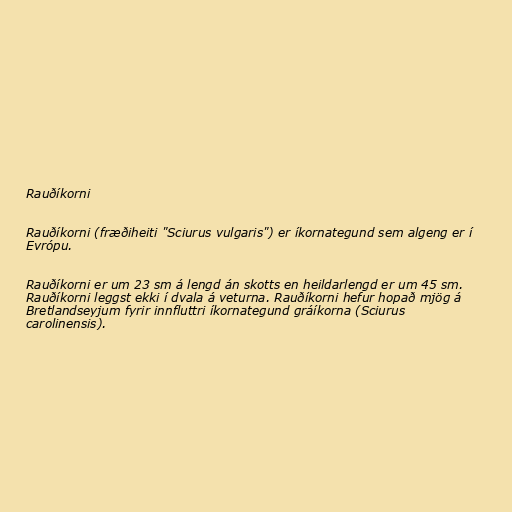
Rauðíkorni

Rauðíkorni (fræðiheiti "Sciurus vulgaris") er íkornategund sem algeng er í
Evrópu.

Rauðíkorni er um 23 sm á lengd án skotts en heildarlengd er um 45 sm.
Rauðíkorni leggst ekki í dvala á veturna. Rauðíkorni hefur hopað mjög á
Bretlandseyjum fyrir innfluttri íkornategund gráíkorna (Sciurus
carolinensis).